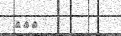
١٠٩